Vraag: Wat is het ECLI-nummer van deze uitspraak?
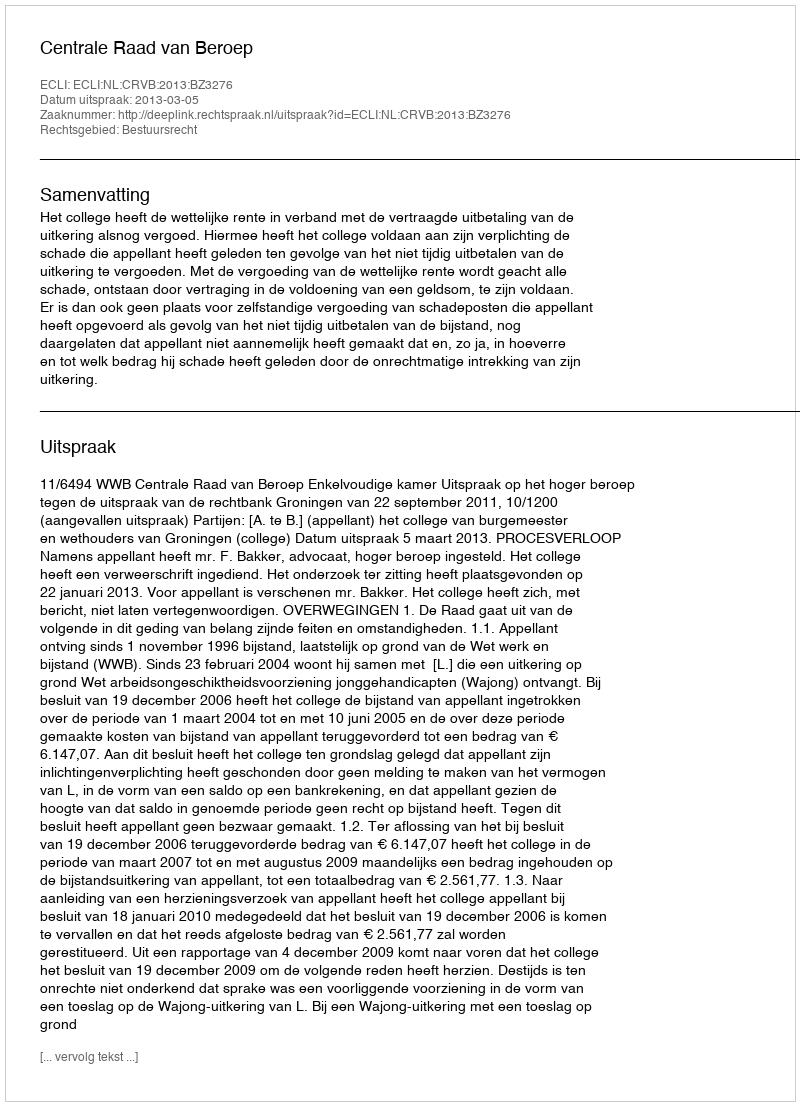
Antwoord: ECLI:NL:CRVB:2013:BZ3276